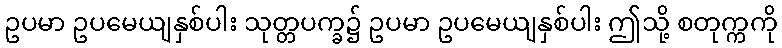
ဥပမာ ဥပမေယျနှစ်ပါး သုတ္တပက္ခ၌ ဥပမာ ဥပမေယျနှစ်ပါး ဤသို့ စတုက္ကကို